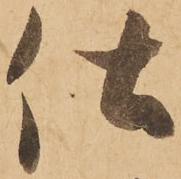
仕